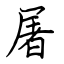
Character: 屠